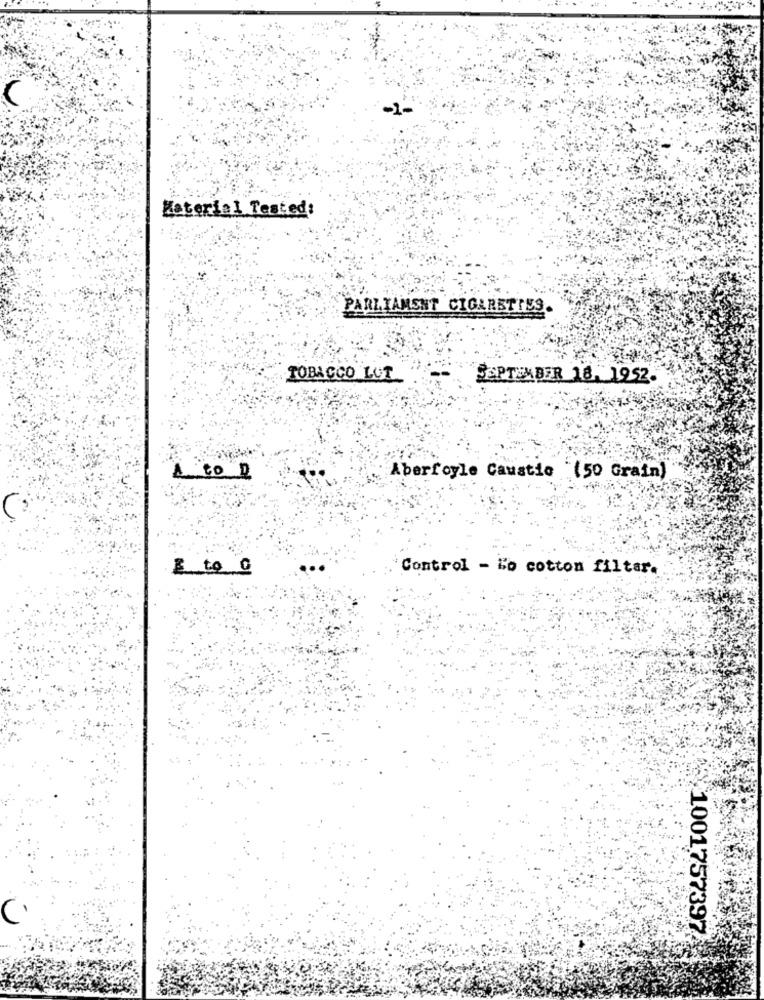
-1-
Material Tested:
PARLIAMENT CIGARETTES
TOBACCO LUI
SEPTEMBER 18, 1952.
A to D
Aberfoyle Caustic "(50 Grain)
$ to 0
...
Control - Lo cotton filtar.
C
1001757397